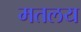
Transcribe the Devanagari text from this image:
मतलय